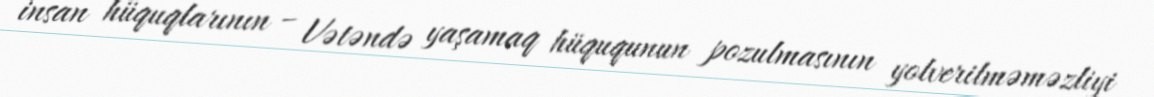
insan hüquqlarının – Vətəndə yaşamaq hüququnun pozulmasının yolverilməməzliyi